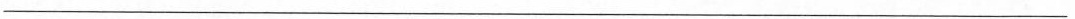
___